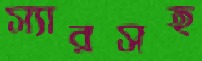
স্যারসহ